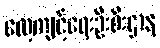
လေ့ကျင့်ရေးဦးစီးဌာန